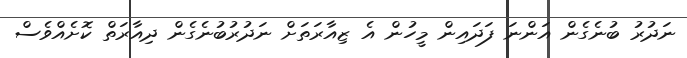
ނަދުރު ބުނެގެން އަންނަ ފަދައިން މީހުން އެ ޒިއާރަތަށް ނަދުރުބުނެގެން ދިއާރަތް ކޮށެއްވެސް